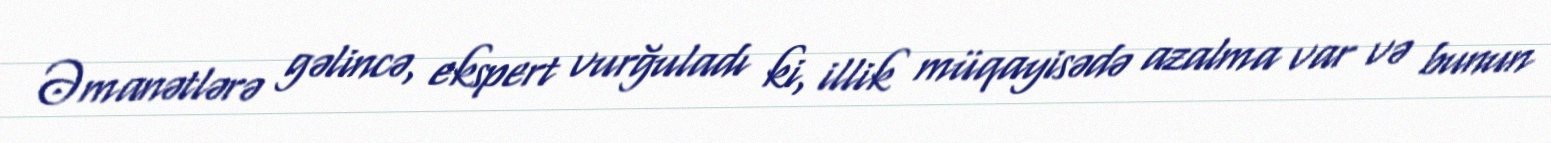
Əmanətlərə gəlincə, ekspert vurğuladı ki, illik müqayisədə azalma var və bunun